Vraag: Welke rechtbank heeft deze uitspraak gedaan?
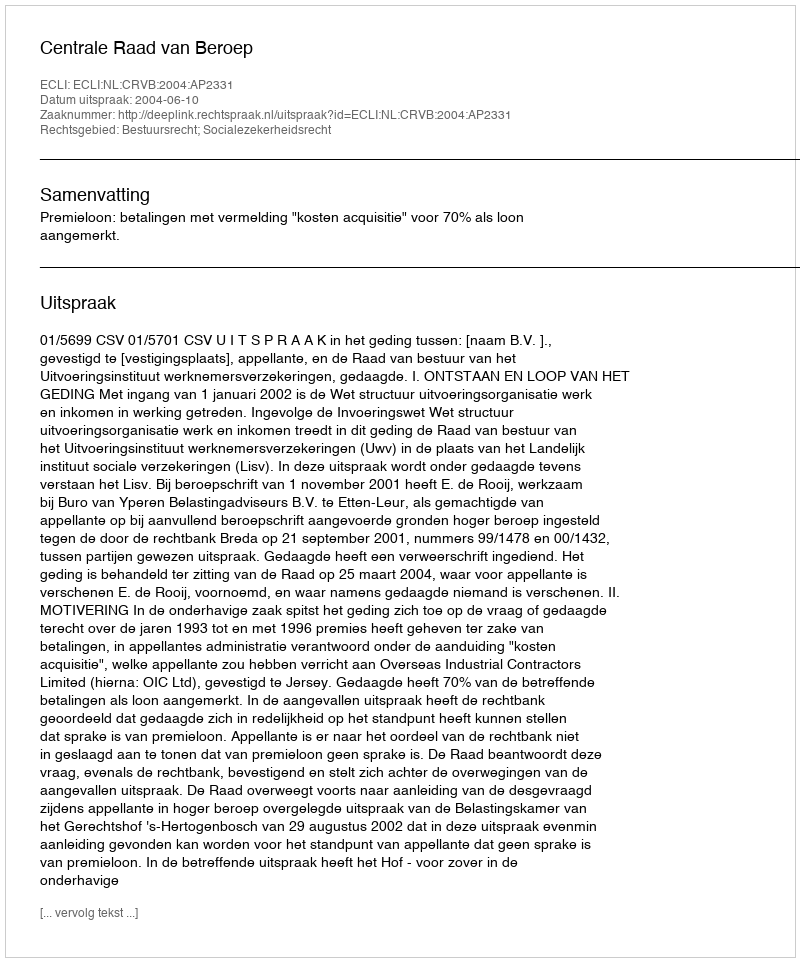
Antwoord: Centrale Raad van Beroep